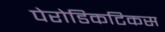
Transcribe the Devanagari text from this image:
पेरोडिकटिकस